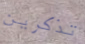
تذكرين